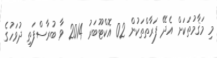
މި މަޤާމުތަކަށް އެދޭ ފަރާތްތަކުން 02 އޮކްޓޫބަރު 2014 ވާ ބުރާސްފަތި ދުވަހުގެ